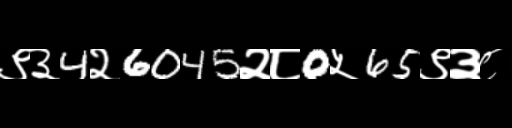
Text: ९३4२6045२८0५65९३८